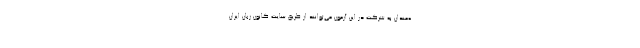
ه‌مندان به شرکت در این آزمون می‌توانند از طریق سایت کانون زبان ایران